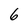
Character: 6